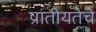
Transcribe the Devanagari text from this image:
प्रांतीयतेचे